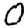
Digit: 0